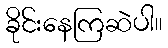
ခိုင်းနေကြဆဲပါ။